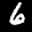
Label: 6